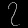
Digit: ၇